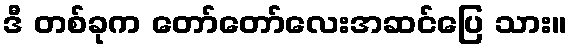
ဒီ တစ်ခုက တော်တော်လေးအဆင်ပြေ သား။